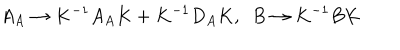
A _ { A } \to K ^ { - 1 } A _ { A } K + K ^ { - 1 } D _ { A } K , ~ ~ B \to K ^ { - 1 } B K